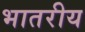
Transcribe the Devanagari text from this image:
भातरीय